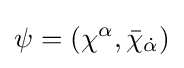
\psi =(\chi ^{\alpha },{\bar {\chi }}_{\dot {\alpha }})